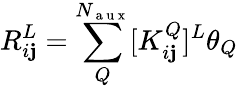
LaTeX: R_{i\mathbf{j}}^{L}=\sum_{Q}^{N_{\mathrm{{~a~u~x~}}}}[K_{i\mathbf{j}}^{Q}]^{L}\theta_{Q}